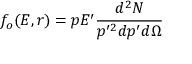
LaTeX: f _ { o } ( E , r ) = p E ^ { \prime } \frac { d ^ { 2 } N } { p ^ { \prime 2 } d p ^ { \prime } d \Omega }